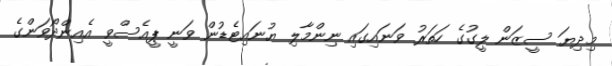
މިދިޔަ ސީޒަން ލީގުގެ ހަތަރު ވަނައިގައި ނިންމާލި ޔުނައިޓެޑުން ވަނީ ޕީއެސްވީ އެއިންދޯވަންގެ